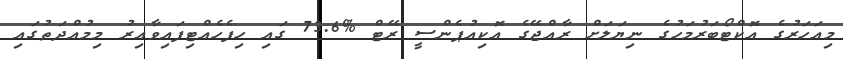
މިއަހަރުގެ އޮކްޓޯބަރުމަހުގެ ނިޔަލަށް ރާއްޖޭގެ އޮކިއުޕެންސީ ރޭޓް %73.6 ގައި ހިފެހެއްޓިފައިވާއިރު މިމުއްދަތުގައި